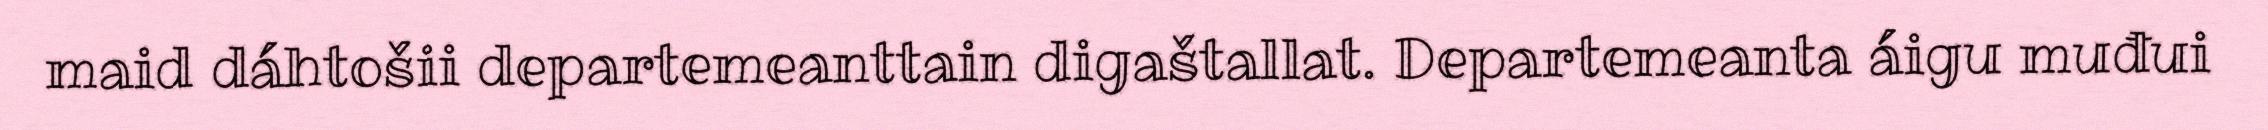
maid dáhtošii departemeanttain digaštallat. Departemeanta áigu muđui